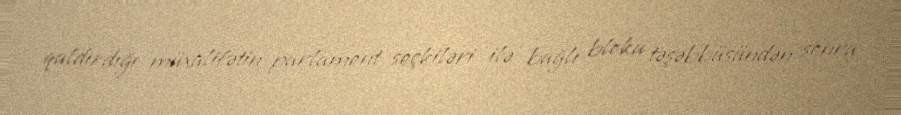
qaldırdığı müxalifətin parlament seçkiləri ilə bağlı bloku təşəbbüsündən sonra